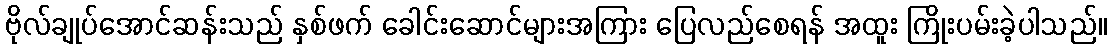
ဗိုလ်ချုပ်အောင်ဆန်းသည် နှစ်ဖက် ခေါင်းဆောင်များအကြား ပြေလည်စေရန် အထူး ကြိုးပမ်းခဲ့ပါသည်။